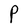
Character: P